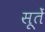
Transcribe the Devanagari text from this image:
सूतें